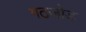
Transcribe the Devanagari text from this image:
गठजोड